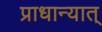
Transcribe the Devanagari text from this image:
प्राधान्यात्